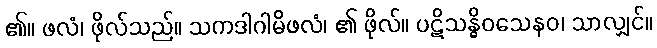
၏။ ဖလံ၊ ဖိုလ်သည်။ သကဒါဂါမိဖလံ၊ ၏ ဖိုလ်။ ပဋိသန္ဓိဝသေနဝ၊ သာလျှင်။